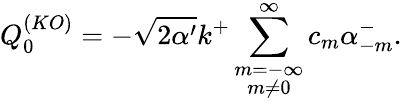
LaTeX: Q_{0}^{(KO)}=-\sqrt{2\alpha^{\prime}}k^{+}\sum_{\stackrel{\scriptstyle m=-\infty}{m\neq 0}}^{\infty}c_{m}\alpha_{-m}^{-}.